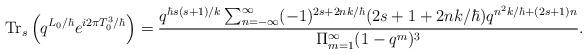
LaTeX: \begin{align*}\mbox{Tr}_s \left(q^{L_0/\hbar}e^{i2\pi T_0^3/\hbar}\right) = \frac{ q^{\hbar s(s+1)/k} \sum_{n=-\infty}^\infty (-1)^{2s+2 n k/\hbar} (2s+1 + 2 n k/\hbar) q^{{n^2 k/\hbar }+ (2s+1)n}}{\Pi_{m=1}^\infty (1-q^m)^3} .\end{align*}